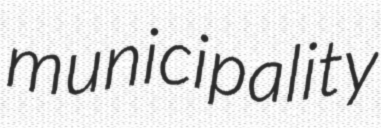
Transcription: municipality